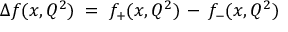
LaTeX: \Delta f ( x , Q ^ { 2 } ) \; = \; f _ { + } ( x , Q ^ { 2 } ) \, - \, f _ { - } ( x , Q ^ { 2 } )